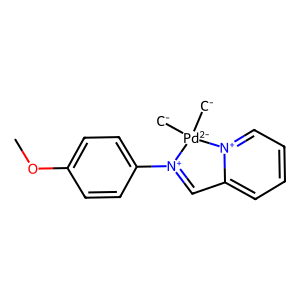
SMILES: [CH2-][Pd-2]1([CH2-])[N+](c2ccc(OC)cc2)=Cc2cccc[n+]21
Inhibits HIV replication: No